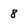
Character: 8